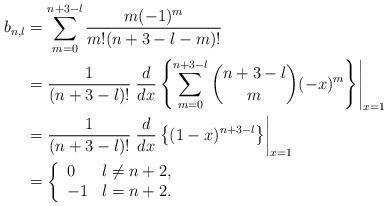
LaTeX: \begin{align*} b_{n,l}&=\sum_{m=0}^{n+3-l}\frac{m(-1)^m}{m!(n+3-l-m)!}\\&=\frac{1}{(n+3-l)!}\left.\frac{d}{dx}\left\{\sum_{m=0}^{n+3-l}\binom{n+3-l}{m}(-x)^m\right\}\right|_{x=1}\\&=\frac{1}{(n+3-l)!}\left.\frac{d}{dx}\left\{(1-x)^{n+3-l}\right\}\right|_{x=1}\\&=\left\{\begin{array}{ll} 0 & l\neq n+2,\\ -1 & l=n+2.\end{array}\right.\end{align*}